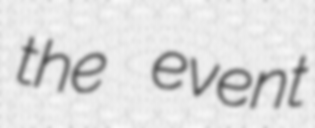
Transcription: the event